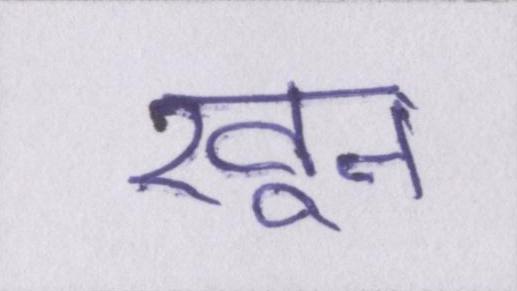
खून